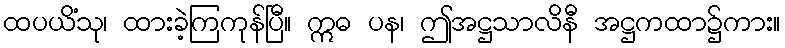
ထပယိံသု၊ ထားခဲ့ကြကုန်ပြီ။ ဣဓ ပန၊ ဤအဋ္ဌသာလိနီ အဋ္ဌကထာ၌ကား။